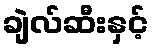
ချဲလ်ဆီးနှင့်